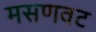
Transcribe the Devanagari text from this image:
मसणवट